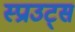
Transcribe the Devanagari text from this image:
स्प्राउट्स